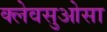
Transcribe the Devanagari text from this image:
क्लेवसुओसा